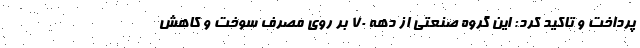
پرداخت و تاکید کرد: این گروه صنعتی از دهه 70 بر روی مصرف سوخت و کاهش